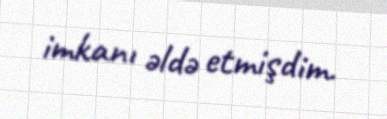
imkanı əldə etmişdim.